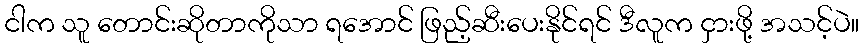
ငါက သူ တောင်းဆိုတာကိုသာ ရအောင် ဖြည့်ဆီးပေးနိုင်ရင် ဒီလူက ငှားဖို့ အသင့်ပဲ။